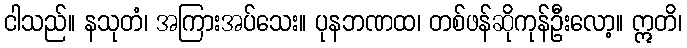
ငါသည်။ နသုတံ၊ အကြားအပ်သေး။ ပုနဘဏထ၊ တစ်ဖန်ဆိုကုန်ဦးလော့။ ဣတိ၊